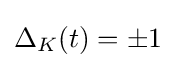
\Delta _{K}(t)=\pm 1